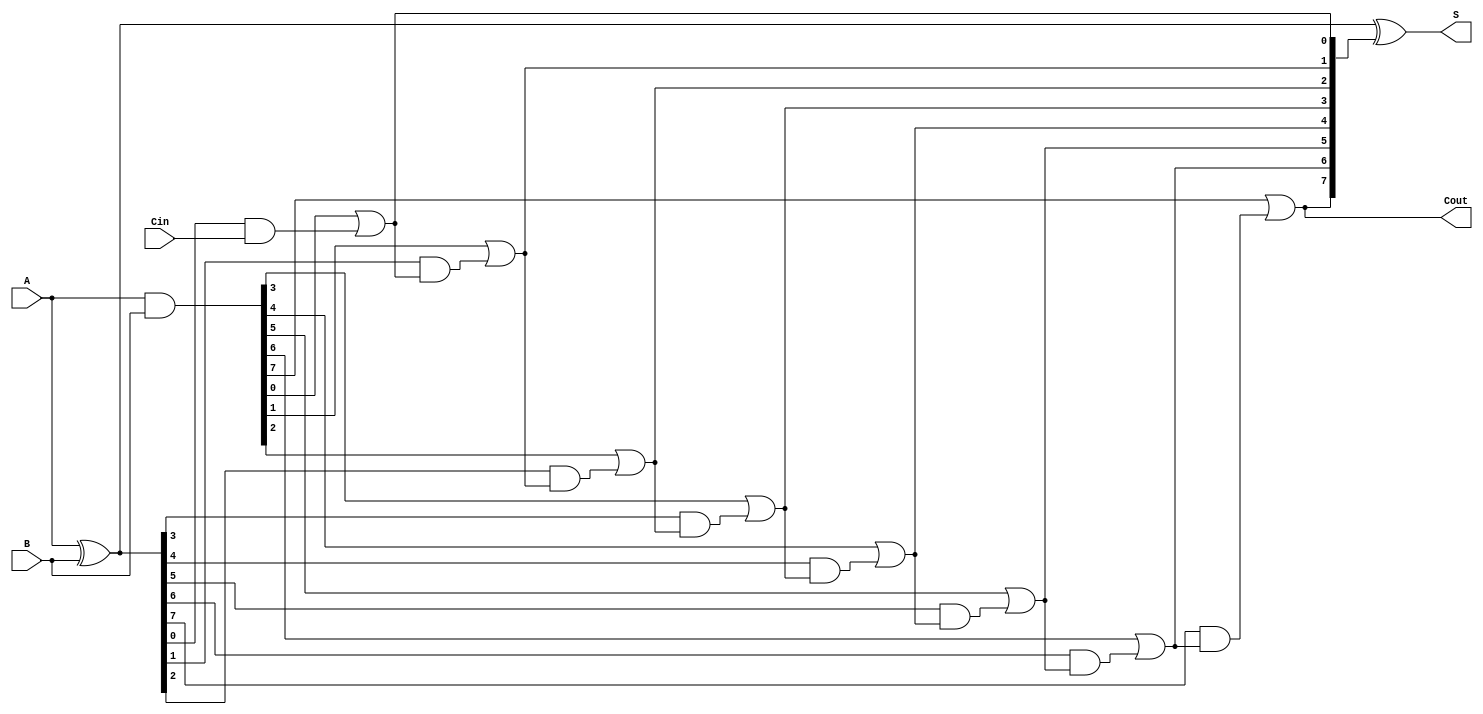
module SklanskyAdder #(parameter n = 8) (
    input [n-1:0] A,      // First n-bit input
    input [n-1:0] B,      // Second n-bit input
    input Cin,            // Carry-in
    output [n-1:0] S,     // n-bit sum output
    output Cout           // Carry-out
);

    // Generate and Propagate signals
    wire [n-1:0] G; // Generate
    wire [n-1:0] P; // Propagate
    wire [n:0] C;   // Carry bits

    // Generate and Propagate calculations
    assign G = A & B;          // G[i] = A[i] & B[i]
    assign P = A ^ B;          // P[i] = A[i] ^ B[i]
    
    // Carry bits initialization
    assign C[0] = Cin;         // C[0] = Cin

    // Carry computation using the Sklansky prefix structure
    genvar i, j;
    generate
        // Level 1
        for (i = 0; i < n; i = i + 1) begin
            assign C[i + 1] = G[i] | (P[i] & C[i]);
        end
    endgenerate

    // Sum calculation
    assign S = P ^ C[n:1];     // S[i] = P[i] ^ C[i-1]
    assign Cout = C[n];        // Final carry-out

endmodule